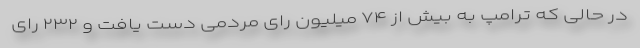
در حالی که ترامپ به بیش از ۷۴ میلیون رای مردمی دست یافت و ۲۳۲ رای